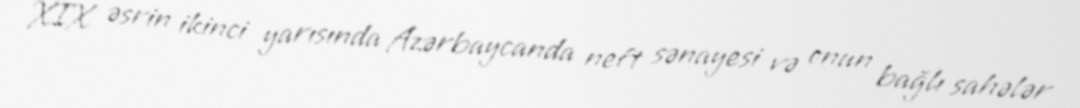
XIX əsrin ikinci yarısında Azərbaycanda neft sənayesi və onun bağlı sahələr